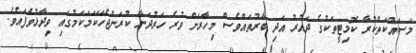
މަސައްކަތްކުރާ ކޮމިޓީތަކުގެ ދައުރު އަދި ބާރުތައްވެސް މިހާރަށް ވުރެ ހަރުދަނާ ކުރަންޖެހޭކަމަކަމުގައި ވިދާޅުވެފައެވެ.